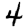
Digit: 4